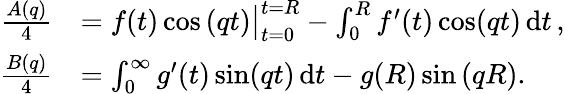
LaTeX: \begin{array}{rl}{\frac{A(q)}{4}}&{=\big.f(t)\cos\left(qt\right)\big|_{t=0}^{t=R}-\int_{0}^{R}f^{\prime}(t)\cos(qt)\, \mathrm{d}t\, ,}\\ {\frac{B(q)}{4}}&{=\int_{0}^{\infty}g^{\prime}(t)\sin(qt)\, \mathrm{d}t-g(R)\sin\left(qR\right).}\end{array}